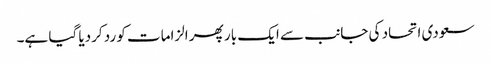
سعودی اتحاد کی جانب سے ایک بار پھر الزامات کو رد کردیا گیا ہے۔